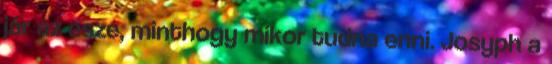
jár az esze, minthogy mikor tudna enni. Josyph a